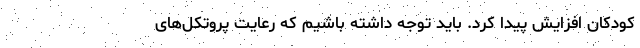
کودکان افزایش پیدا کرد. باید توجه داشته باشیم که رعایت پروتکل‌های